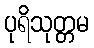
ပုရိသုတ္တမ